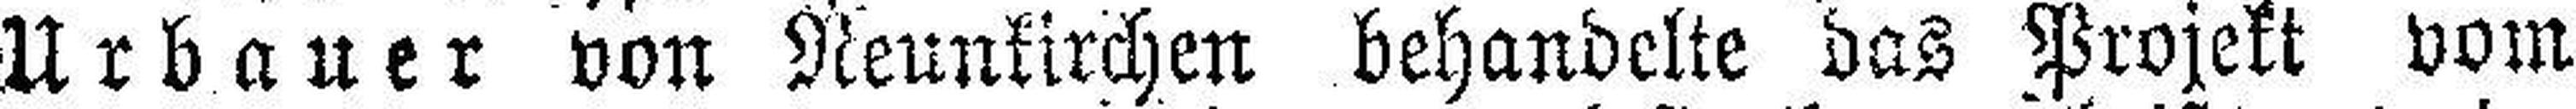
Urbauer von Neunkirchen behandelte das Projekt vom